Vaccination in Bombay 1869-1873 - 1869-1873
Year: 1869
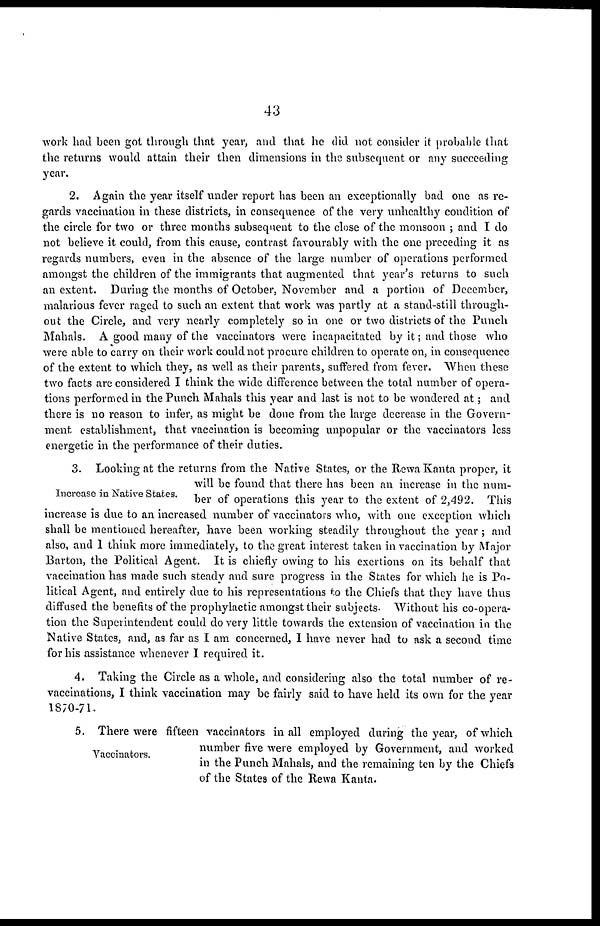
43
work had been got through that year, and that he did not consider it probable that
the returns would attain their then dimensions in the subsequent or any succeeding
year.
2. Again the year itself under report has been an exceptionally bad one as re-
gards vaccination in these districts, in consequence of the very unhealthy condition of
the circle for two or three months subsequent to the close of the monsoon ; and I do
not believe it could, from this cause, contrast favourably with the one preceding it as
regards numbers, even in the absence of the large number of operations performed
amongst the children of the immigrants that augmented that year's returns to such
an extent. During the months of October, November and a portion of December,
malarious fever raged to such an extent that work was partly at a stand-still through-
out the Circle, and very nearly completely so in one or two districts of the Punch
Mahals. A good many of the vaccinators were incapacitated by it; and those who
were able to carry on their work could not procure children to operate on, in consequence
of the extent to which they, as well as their parents, suffered from fever. When these
two facts are considered I think the wide difference between the total number of opera-
tions performed in the Punch Mahals this year and last is not to be wondered at; and
there is no reason to infer, as might be done from the large decrease in the Govern-
ment establishment, that vaccination is becoming unpopular or the vaccinators less
energetic in the performance of their duties.
Increase in Native States.
3. Looking at the returns from the Native States, or the Rewa Kanta proper, it
will be found that there has been an increase in the num-
ber of operations this year to the extent of 2,492. This
increase is due to an increased number of vaccinators who, with one exception which
shall be mentioned hereafter, have been working steadily throughout the year ; and
also, and 1 think more immediately, to the great interest taken in vaccination by Major
Barton, the Political Agent. It is chiefly owing to his exertions on its behalf that
vaccination has made such steady and sure progress in the States for which he is Po-
litical Agent, and entirely due to his representations to the Chiefs that they have thus
diffused the benefits of the prophylactic amongst their subjects. Without his co-opera-
tion the Superintendent could do very little towards the extension of vaccination in the
Native States, and, as far as I am concerned, I have never had to ask a second time
for his assistance whenever I required it.
4. Taking the Circle as a whole, and considering also the total number of re-
vaccinations, I think vaccination may be fairly said to have held its own for the year
1870-71.
Vaccinators.
5. There were fifteen vaccinators in all employed during the year, of which
number five were employed by Government, and worked
in the Punch Mahals, and the remaining ten by the Chiefs
of the States of the Rewa Kanta.